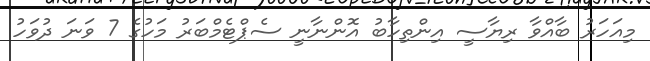
މިއަހަރު ބާއްވާ ރިޔާސީ އިންތިހާބު އޮންނާނީ ސެޕްޓެމްބަރު މަހުގެ 7 ވަނަ ދުވަހު